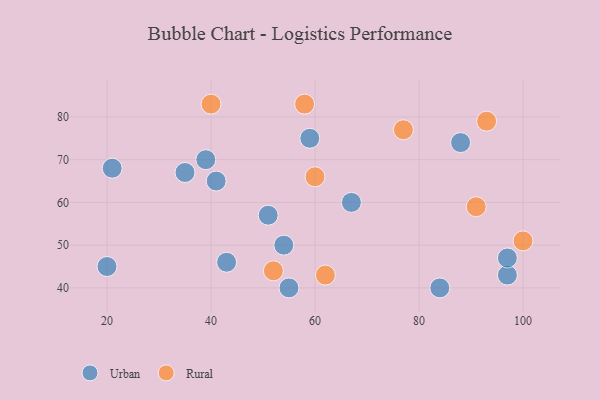
{"axis": {"x": "GDP", "y": "Life Expectancy"}, "legend": ["Rural", "Urban"], "data": [{"x": "67", "y": 60, "type": "Urban"}, {"x": "51", "y": 57, "type": "Urban"}, {"x": "43", "y": 46, "type": "Urban"}, {"x": "39", "y": 70, "type": "Urban"}, {"x": "20", "y": 45, "type": "Urban"}, {"x": "54", "y": 50, "type": "Urban"}, {"x": "35", "y": 67, "type": "Urban"}, {"x": "55", "y": 40, "type": "Urban"}, {"x": "84", "y": 40, "type": "Urban"}, {"x": "88", "y": 74, "type": "Urban"}, {"x": "59", "y": 75, "type": "Urban"}, {"x": "97", "y": 43, "type": "Urban"}, {"x": "41", "y": 65, "type": "Urban"}, {"x": "97", "y": 47, "type": "Urban"}, {"x": "21", "y": 68, "type": "Urban"}, {"x": "52", "y": 44, "type": "Rural"}, {"x": "62", "y": 43, "type": "Rural"}, {"x": "60", "y": 66, "type": "Rural"}, {"x": "100", "y": 51, "type": "Rural"}, {"x": "91", "y": 59, "type": "Rural"}, {"x": "77", "y": 77, "type": "Rural"}, {"x": "93", "y": 79, "type": "Rural"}, {"x": "58", "y": 83, "type": "Rural"}, {"x": "40", "y": 83, "type": "Rural"}]}